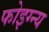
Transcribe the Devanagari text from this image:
फोइग्न्य